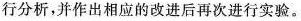
行分析，并作出相应的改进后再次进行实验。